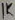
Text: 1K